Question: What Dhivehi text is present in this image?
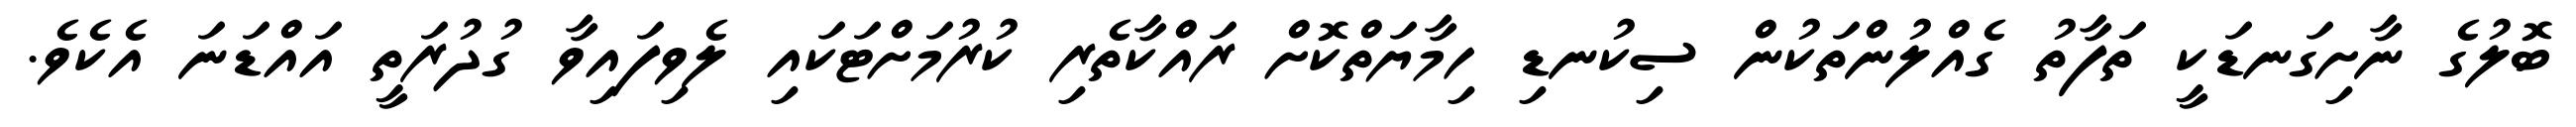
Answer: ބޮލުގެ ނާށިގަނޑަކީ ތަފާތު ގެއްލުންތަކުން ސިކުނޑި ހިމާޔަތްކޮށް ރައްކާތެރި ކުރުމަށްޓަކައި ލެވިފައިވާ ގުދުރަތީ އައްޑަނަ އެކެވެ.